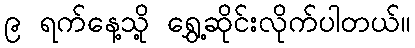
၉ ရက်နေ့သို့ ရွှေ့ဆိုင်းလိုက်ပါတယ်။